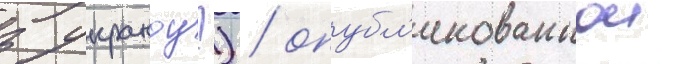
з украноу?) / опубл'икованнои